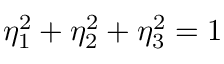
\eta _ { 1 } ^ { 2 } + \eta _ { 2 } ^ { 2 } + \eta _ { 3 } ^ { 2 } = 1